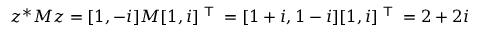
z ^ { * } M z = [ 1 , - i ] M [ 1 , i ] ^ { \textsf { T } } = [ 1 + i , 1 - i ] [ 1 , i ] ^ { \textsf { T } } = 2 + 2 i